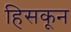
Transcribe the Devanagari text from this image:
हिसकून